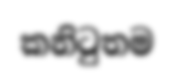
කනිටුතම